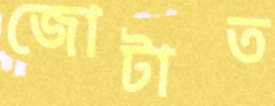
জোটাত